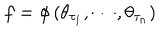
LaTeX: f = \phi \left( \theta _ { \tau _ { 1 } } , \cdots , \theta _ { \tau _ { n } } \right)